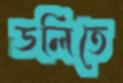
ডলিতে